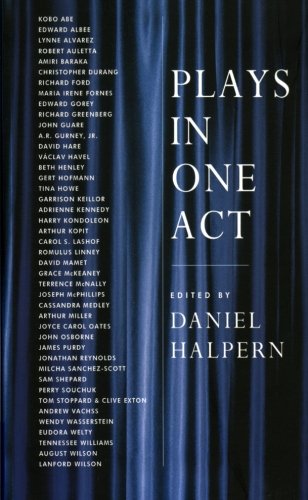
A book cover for Plays in One Act; Dan Halpern; Literature & Fiction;